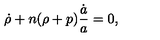
\dot { \rho } + n ( \rho + p ) { \frac { \dot { a } } { a } } = 0 ,